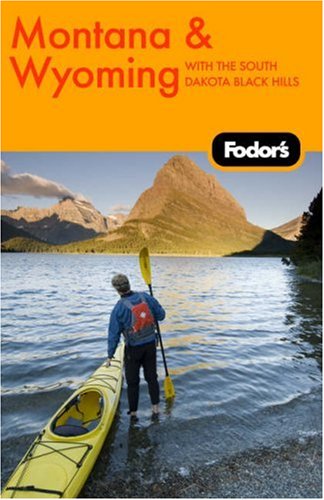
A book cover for Fodor's Montana and Wyoming, 3rd Edition (Travel Guide); Fodor's; Travel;